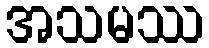
အသမဿ